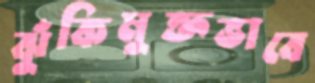
ঝুঁকিমুক্তভাবে